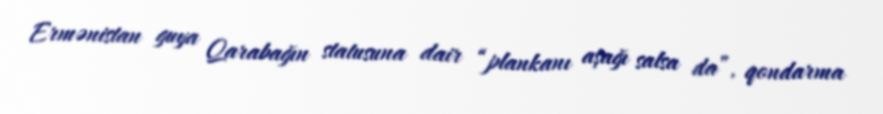
Ermənistan guya Qarabağın statusuna dair “plankanı aşağı salsa da”, qondarma